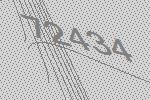
72434